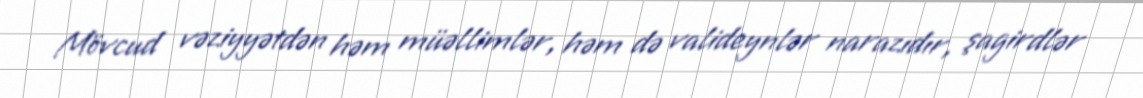
Mövcud vəziyyətdən həm müəllimlər, həm də valideynlər narazıdır, şagirdlər